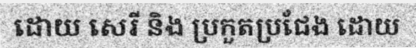
ដោយ សេរី និង ប្រកួតប្រជែង ដោយ